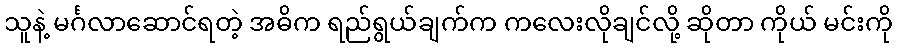
သူနဲ့ မင်္ဂလာဆောင်ရတဲ့ အဓိက ရည်ရွယ်ချက်က ကလေးလိုချင်လို့ ဆိုတာ ကိုယ် မင်းကို